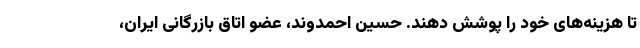
تا هزینه‌های خود را پوشش دهند. حسین احمدوند، عضو اتاق بازرگانی ایران،